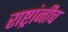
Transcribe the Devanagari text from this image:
राष्ट्रांनीच